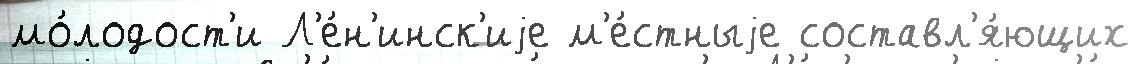
мо́лодост'и Л'е́н'инск'иjе м'е́стныjе составл'я́ющих